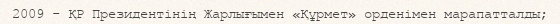
2009 - ҚР Президентінің Жарлығымен «Құрмет» орденімен марапатталды;